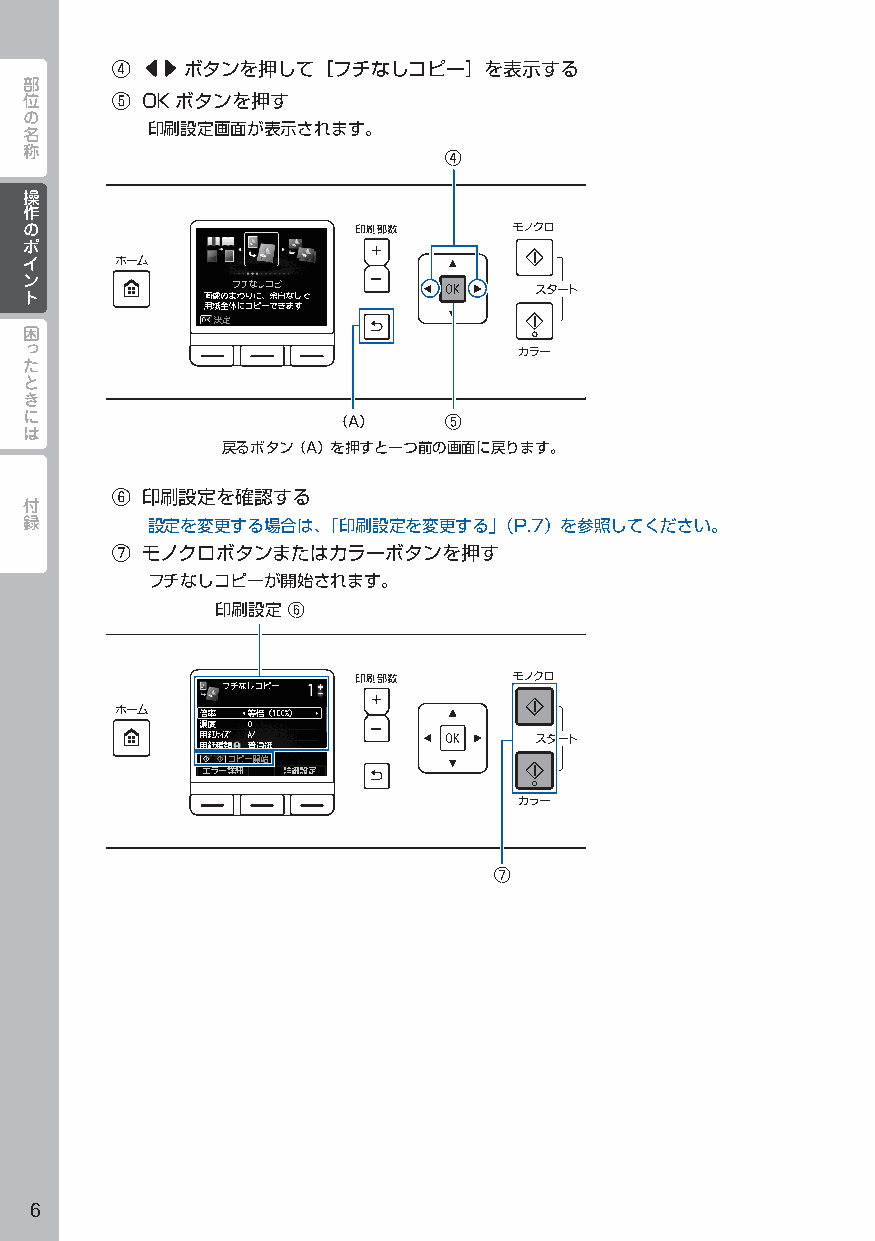
④ []ボタンを押して［フチなしコピー］を表示する
 部
 位     ⑤ OKボタンを押す
 の
 名        印刷設定画面が表示されます。
 称
 ④
 操操
 作作
 のの
 ポポ
 イイ
 ンン
 トト
 困
 っ
 た
 と
 き
 に
 （A）    ⑤
 は
 戻るボタン（A）を押すと一つ前の画面に戻ります。
 付     ⑥ 印刷設定を確認する
 録
 設定を変更する場合は、「印刷設定を変更する」（P.7）を参照してください。
 ⑦ モノクロボタンまたはカラーボタンを押す
 フチなしコピーが開始されます。
 印刷設定 ⑥
 ⑦
 6